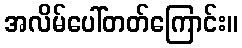
အလိမ်ပေါ်တတ်ကြောင်း။